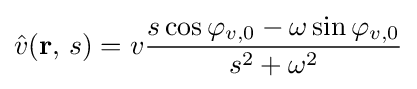
{\hat {v}}(\mathbf {r} ,\,s)=v{\frac {s\cos \varphi _{v,0}-\omega \sin \varphi _{v,0}}{s^{2}+\omega ^{2}}}